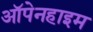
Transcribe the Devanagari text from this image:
ऑपेनहाइम